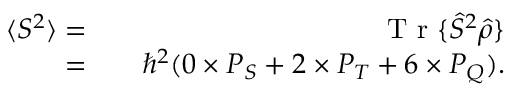
\begin{array} { r l r } { \langle S ^ { 2 } \rangle = } & { { } } & { \textrm { T r } \{ \hat { S } ^ { 2 } \hat { \rho } \} } \\ { = } & { { } } & { \hbar ^ { 2 } ( 0 \times P _ { S } + 2 \times P _ { T } + 6 \times P _ { Q } ) . } \end{array}